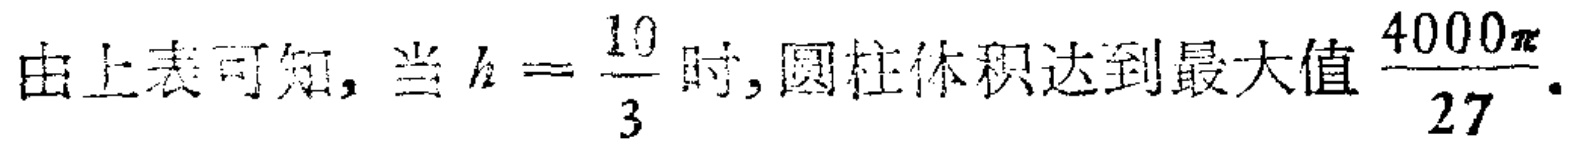
由上表可知, 当 \(h = \frac{10}{3}\) 时, 圆柱体积达到最大值 \(\frac{4000\pi}{27}\).